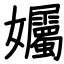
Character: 孎